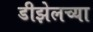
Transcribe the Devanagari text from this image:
डीझेलच्या